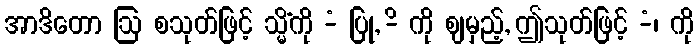
အာဒိတော ဩ စသုတ်ဖြင့် သ္မိံကို -ံ ပြု, -ိ ကို ဈမှည့်, ဤသုတ်ဖြင့် -ံ၊ ကို